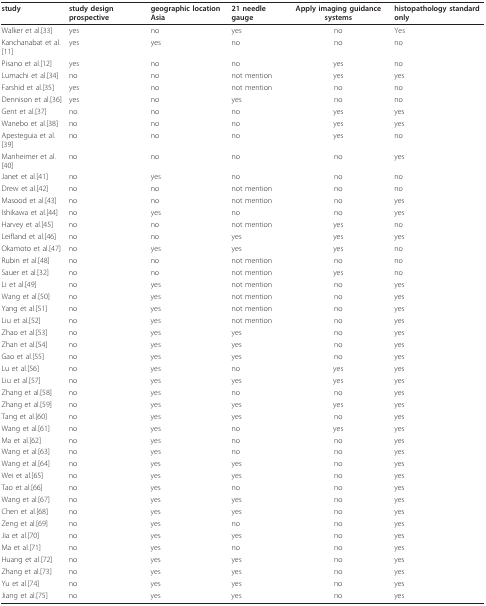
<table><thead><tr><td><b>study</b></td><td><b>study design prospective</b></td><td><b>geographic location Asia</b></td><td><b>21 needle gauge</b></td><td><b>Apply imaging guidance systems</b></td><td><b>histopathology standard only</b></td></tr></thead><tbody><tr><td>Walker et al.[33]</td><td>yes</td><td>no</td><td>yes</td><td>no</td><td>Yes</td></tr><tr><td>Kanchanabat et al.[11]</td><td>yes</td><td>yes</td><td>no</td><td>no</td><td>no</td></tr><tr><td>Pisano et al.[12]</td><td>yes</td><td>no</td><td>no</td><td>yes</td><td>no</td></tr><tr><td>Lumachi et al.[34]</td><td>no</td><td>no</td><td>not mention</td><td>yes</td><td>yes</td></tr><tr><td>Farshid et al.[35]</td><td>yes</td><td>no</td><td>not mention</td><td>no</td><td>no</td></tr><tr><td>Dennison et al.[36]</td><td>yes</td><td>no</td><td>yes</td><td>no</td><td>no</td></tr><tr><td>Gent et al.[37]</td><td>no</td><td>no</td><td>no</td><td>yes</td><td>yes</td></tr><tr><td>Wanebo et al.[38]</td><td>no</td><td>no</td><td>no</td><td>yes</td><td>yes</td></tr><tr><td>Apesteguia et al.[39]</td><td>no</td><td>no</td><td>no</td><td>yes</td><td>no</td></tr><tr><td>Manheimer et al.[40]</td><td>no</td><td>no</td><td>no</td><td>no</td><td>yes</td></tr><tr><td>Janet et al.[41]</td><td>no</td><td>yes</td><td>no</td><td>no</td><td>no</td></tr><tr><td>Drew et al.[42]</td><td>no</td><td>no</td><td>not mention</td><td>no</td><td>no</td></tr><tr><td>Masood et al.[43]</td><td>no</td><td>no</td><td>not mention</td><td>no</td><td>yes</td></tr><tr><td>Ishikawa et al.[44]</td><td>no</td><td>yes</td><td>no</td><td>no</td><td>yes</td></tr><tr><td>Harvey et al.[45]</td><td>no</td><td>no</td><td>not mention</td><td>yes</td><td>no</td></tr><tr><td>Leifland et al.[46]</td><td>no</td><td>no</td><td>yes</td><td>yes</td><td>yes</td></tr><tr><td>Okamoto et al.[47]</td><td>no</td><td>yes</td><td>yes</td><td>yes</td><td>no</td></tr><tr><td>Rubin et al.[48]</td><td>no</td><td>no</td><td>not mention</td><td>no</td><td>no</td></tr><tr><td>Sauer et al.[32]</td><td>no</td><td>no</td><td>not mention</td><td>yes</td><td>no</td></tr><tr><td>Li et al.[49]</td><td>no</td><td>yes</td><td>not mention</td><td>no</td><td>yes</td></tr><tr><td>Wang et al.[50]</td><td>no</td><td>yes</td><td>not mention</td><td>no</td><td>yes</td></tr><tr><td>Yang et al.[51]</td><td>no</td><td>yes</td><td>not mention</td><td>no</td><td>yes</td></tr><tr><td>Liu et al.[52]</td><td>no</td><td>yes</td><td>not mention</td><td>no</td><td>yes</td></tr><tr><td>Zhao et al.[53]</td><td>no</td><td>yes</td><td>yes</td><td>no</td><td>yes</td></tr><tr><td>Zhan et al.[54]</td><td>no</td><td>yes</td><td>yes</td><td>no</td><td>yes</td></tr><tr><td>Gao et al.[55]</td><td>no</td><td>yes</td><td>yes</td><td>no</td><td>yes</td></tr><tr><td>Lu et al.[56]</td><td>no</td><td>yes</td><td>no</td><td>yes</td><td>yes</td></tr><tr><td>Liu et al.[57]</td><td>no</td><td>yes</td><td>yes</td><td>yes</td><td>yes</td></tr><tr><td>Zhang et al.[58]</td><td>no</td><td>yes</td><td>no</td><td>no</td><td>yes</td></tr><tr><td>Zhang et al.[59]</td><td>no</td><td>yes</td><td>yes</td><td>yes</td><td>yes</td></tr><tr><td>Tang et al.[60]</td><td>no</td><td>yes</td><td>yes</td><td>no</td><td>yes</td></tr><tr><td>Wang et al.[61]</td><td>no</td><td>yes</td><td>no</td><td>yes</td><td>yes</td></tr><tr><td>Ma et al.[62]</td><td>no</td><td>yes</td><td>no</td><td>no</td><td>yes</td></tr><tr><td>Wang et al.[63]</td><td>no</td><td>yes</td><td>no</td><td>no</td><td>yes</td></tr><tr><td>Wang et al.[64]</td><td>no</td><td>yes</td><td>yes</td><td>no</td><td>yes</td></tr><tr><td>Wei et al.[65]</td><td>no</td><td>yes</td><td>yes</td><td>no</td><td>yes</td></tr><tr><td>Tao et al.[66]</td><td>no</td><td>yes</td><td>no</td><td>no</td><td>yes</td></tr><tr><td>Wang et al.[67]</td><td>no</td><td>yes</td><td>yes</td><td>no</td><td>yes</td></tr><tr><td>Chen et al.[68]</td><td>no</td><td>yes</td><td>yes</td><td>no</td><td>yes</td></tr><tr><td>Zeng et al.[69]</td><td>no</td><td>yes</td><td>no</td><td>no</td><td>yes</td></tr><tr><td>Jia et al.[70]</td><td>no</td><td>yes</td><td>yes</td><td>no</td><td>yes</td></tr><tr><td>Ma et al.[71]</td><td>no</td><td>yes</td><td>no</td><td>no</td><td>yes</td></tr><tr><td>Huang et al.[72]</td><td>no</td><td>yes</td><td>yes</td><td>no</td><td>yes</td></tr><tr><td>Zhang et al.[73]</td><td>no</td><td>yes</td><td>yes</td><td>no</td><td>yes</td></tr><tr><td>Yu et al.[74]</td><td>no</td><td>yes</td><td>yes</td><td>no</td><td>yes</td></tr><tr><td>Jiang et al.[75]</td><td>no</td><td>yes</td><td>yes</td><td>no</td><td>yes</td></tr></tbody></table>